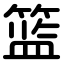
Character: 篮